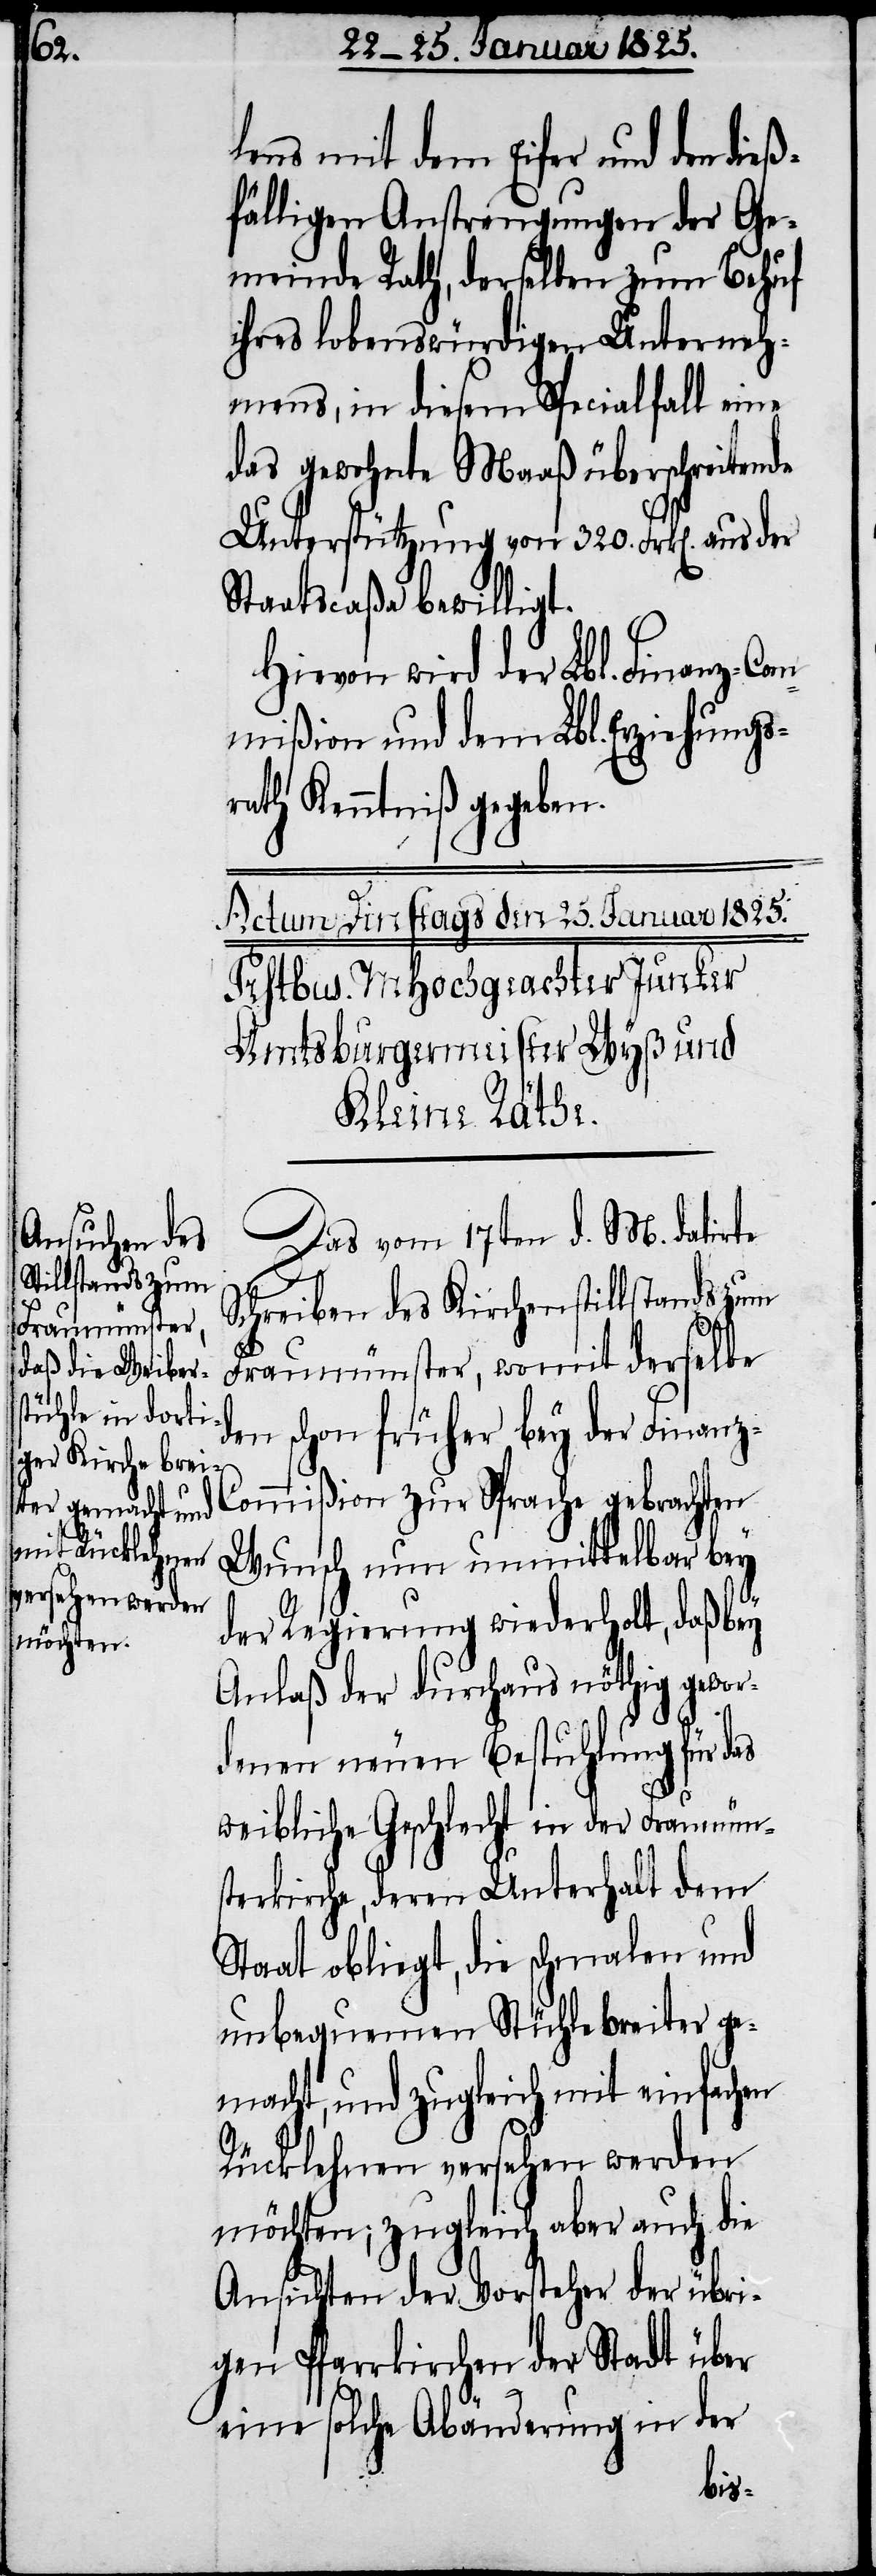
lens mit dem Eifer und den dieß¬
fälligen Anstrengungen der Ge¬
meinde Rath, derselben zum Behuf
ihres lobenswürdigen Unterneh¬
mens, in diesem Specialfall eine
das gewohnte Maaß überschreitende
Unterstützung von 320. Frk[en]. aus
Staatscaßa bewilligt.
Hievon wird der Lbl. Finanz-Com¬
mißion und dem Lbl. Erziehungs¬
rath Kenntniß gegeben.
Das vom 17ten d. M. datirte
Schreiben des Kirchenstillstands zum
Fraumünster, womit derselbe
den schon früher bey der Finanz-C¬
ommißion zu Sprache gebrachten
Wunsch nun unmittelbar bey
der Regierung wiederholt, daß bey
Anlaß der durchaus nöthig gewor¬
denen neuen Bestuhlung für das
weibliche Geschlecht in der Fraumün¬
sterkirche, deren Unterhalt dem
Staat obliegt, die schmalen und
unbequemen Stühle breiter ge¬
macht, und zugleich mit einfachen
Rücklehnen versehen werden
möchten; zugleich aber auch die
Ansichten der Vorsteher der übri¬
gen Pfarrkirchen der Stadt über
eine solche Abänderung in der